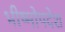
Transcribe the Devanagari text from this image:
भीष्मोपदेश